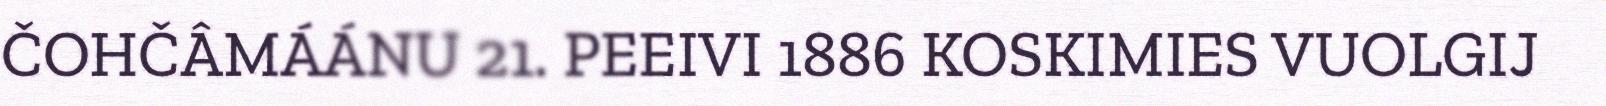
ČOHČÂMÁÁNU 21. PEEIVI 1886 KOSKIMIES VUOLGIJ